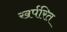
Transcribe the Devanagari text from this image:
खर्परित